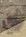
أي